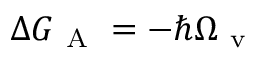
\Delta G _ { \mathrm { ~ A ~ } } = - \hbar \Omega _ { \mathrm { ~ v ~ } }